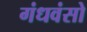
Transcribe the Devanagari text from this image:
गंधवंसो